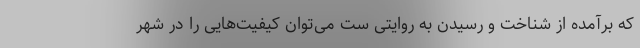
که برآمده از شناخت و رسیدن به روایتی ست می‌توان کیفیت‌هایی را در شهر